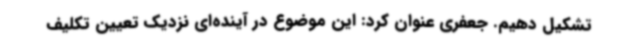
تشکیل دهیم. جعفری عنوان کرد: این موضوع در آینده‌ای نزدیک تعیین تکلیف